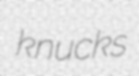
knucks